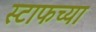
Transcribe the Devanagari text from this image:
स्टाफच्या